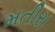
મતીરા